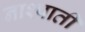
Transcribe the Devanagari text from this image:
नाश्पाती